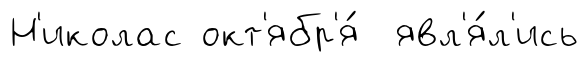
Н'иколас окт'ябр'я́ явл'я́л'ись